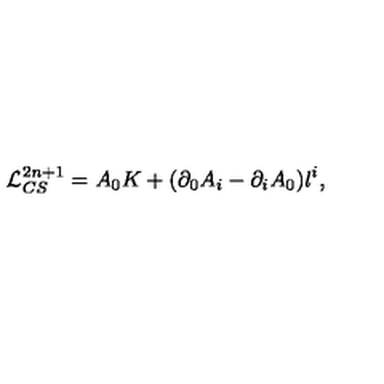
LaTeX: { \cal L } _ { C S } ^ { 2 n + 1 } = A _ { 0 } K + ( \partial _ { 0 } A _ { i } - \partial _ { i } A _ { 0 } ) l ^ { i } ,